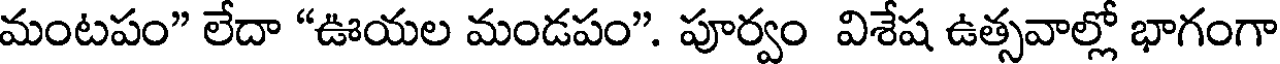
మంటపం" లేదా "ఊయల మండపం". పూర్వం విశేష ఉత్సవాల్లో భాగంగా